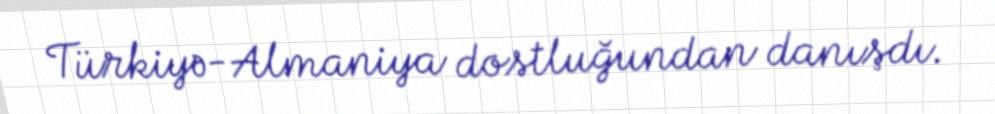
Türkiyə-Almaniya dostluğundan danışdı.